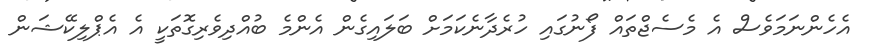
އެހެންނަމަވެސް އެ މެސެޖްތައް ފޯނުގައި ހުރެދާނެކަމަށް ބަލައިގެން އެެންމެ ބުއްދިވެރިގޮތަކީ އެ އެޕްލިކޭޝަން